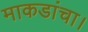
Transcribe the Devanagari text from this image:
माकडांचा।